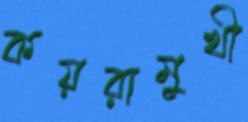
কয়রামুখী